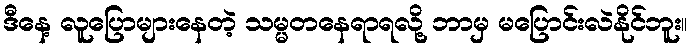
ဒီနေ့ လူပြောများနေတဲ့ သမ္မတနေရာရလို့ ဘာမှ မပြောင်းလဲနိုင်ဘူး။